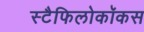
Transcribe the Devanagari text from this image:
स्टैफिलोकॉकस